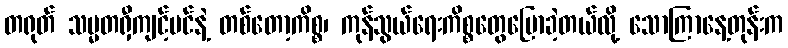
တရုတ် သမ္မတရှီကျင့်ပင်နဲ့ တစ်တော့ကိစ္စ၊ ကုန်သွယ်ရေးကိစ္စတွေပြောခဲ့တယ်လို့ သောကြာနေ့တုန်းက